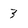
Character: 3